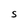
Character: S